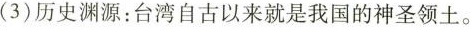
( 3 ) 历史渊源：台湾自古以来就是我国的神圣领土。